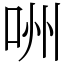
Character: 㖄